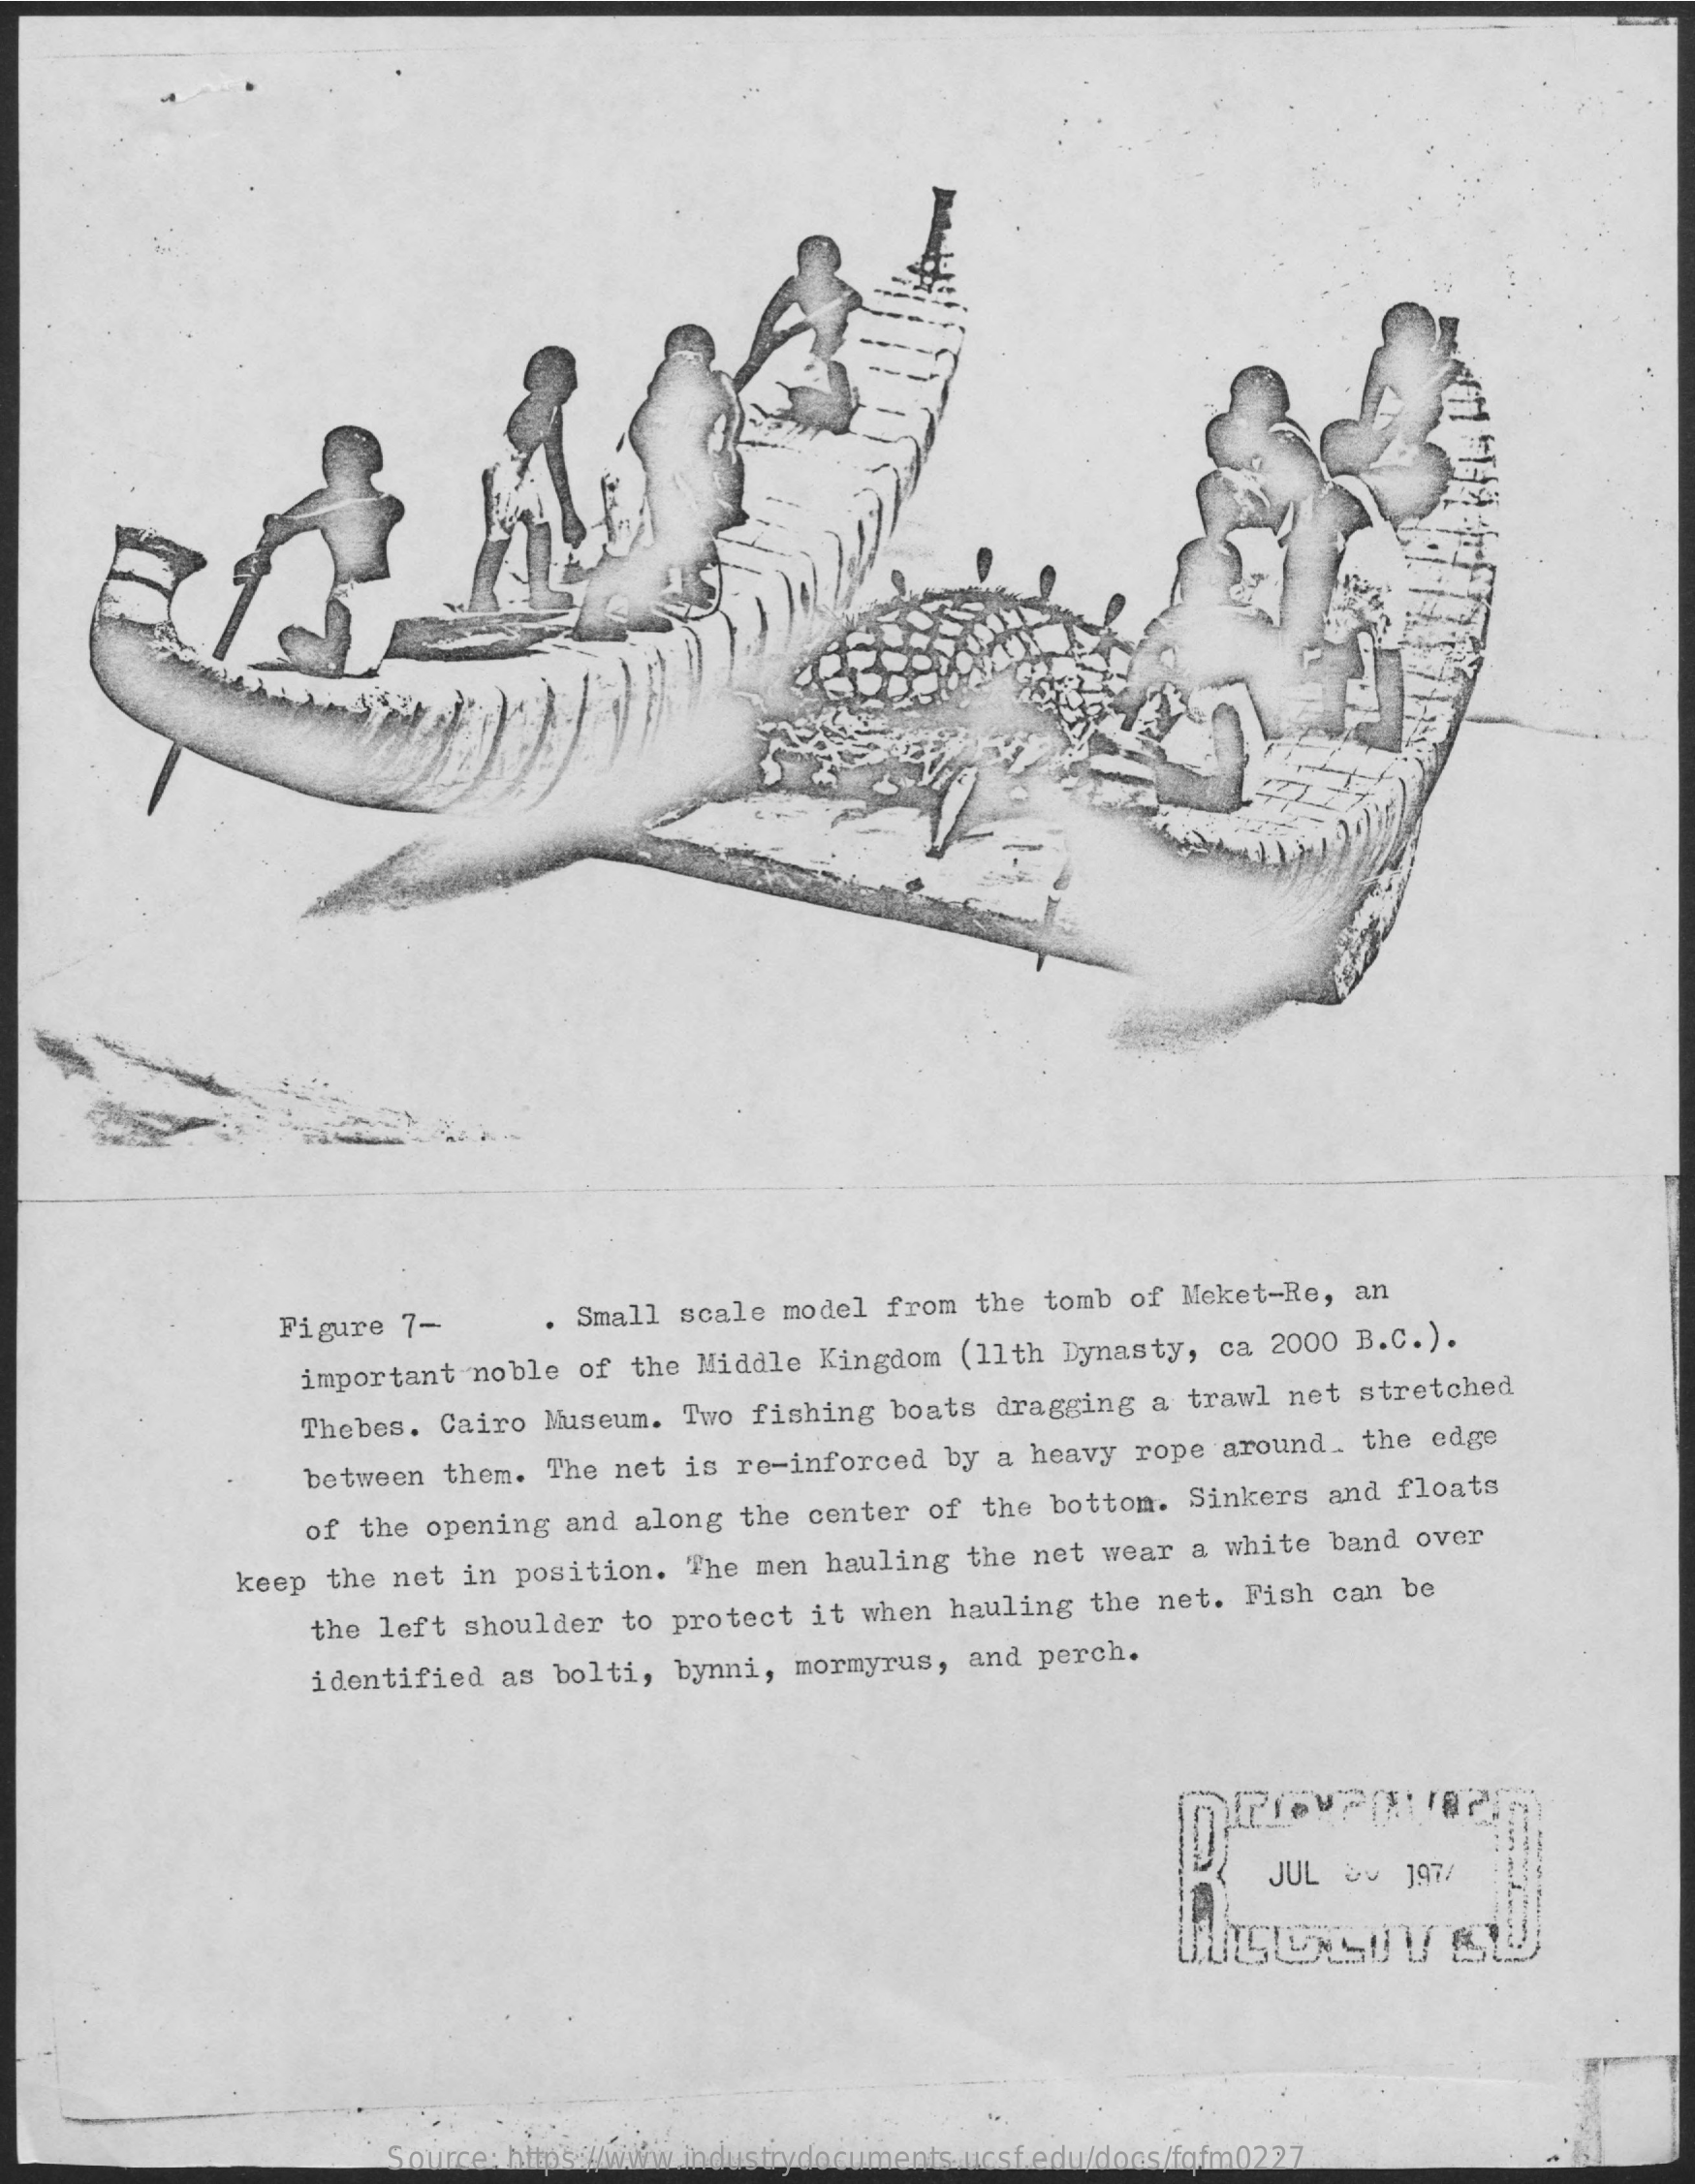
Figure 7-    . Small scale model from the tomb of Meket-Re, an
     important noble of the Middle Kingdom (11th Dynasty, ca 2000 B.C.) .
     Thebes. Cairo Museum. Two fishing boats dragging a trawl net stretched
     between them. The net is re-inforced by a heavy rope around. the edge
     of the opening and along the center of the bottom. Sinkers and floats
     keep the net in position. The men hauling the net wear a white band over
     the left shoulder to protect it when hauling the net. Fish can be
     identified as bolti, bynni, mormyrus, and perch.
     JUL & 197/
     Source: https://www.industrydocuments.ucsf.edu/docs/fqfm0227